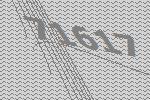
71617